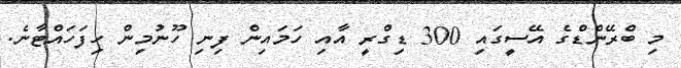
މި ބްރޭންޑްގެ އޭސީގައި 300 ޑިގްރީ އާއި ހަމައިން ފިނި ހޫނުމިން ހިފަހައްޓާނެ.